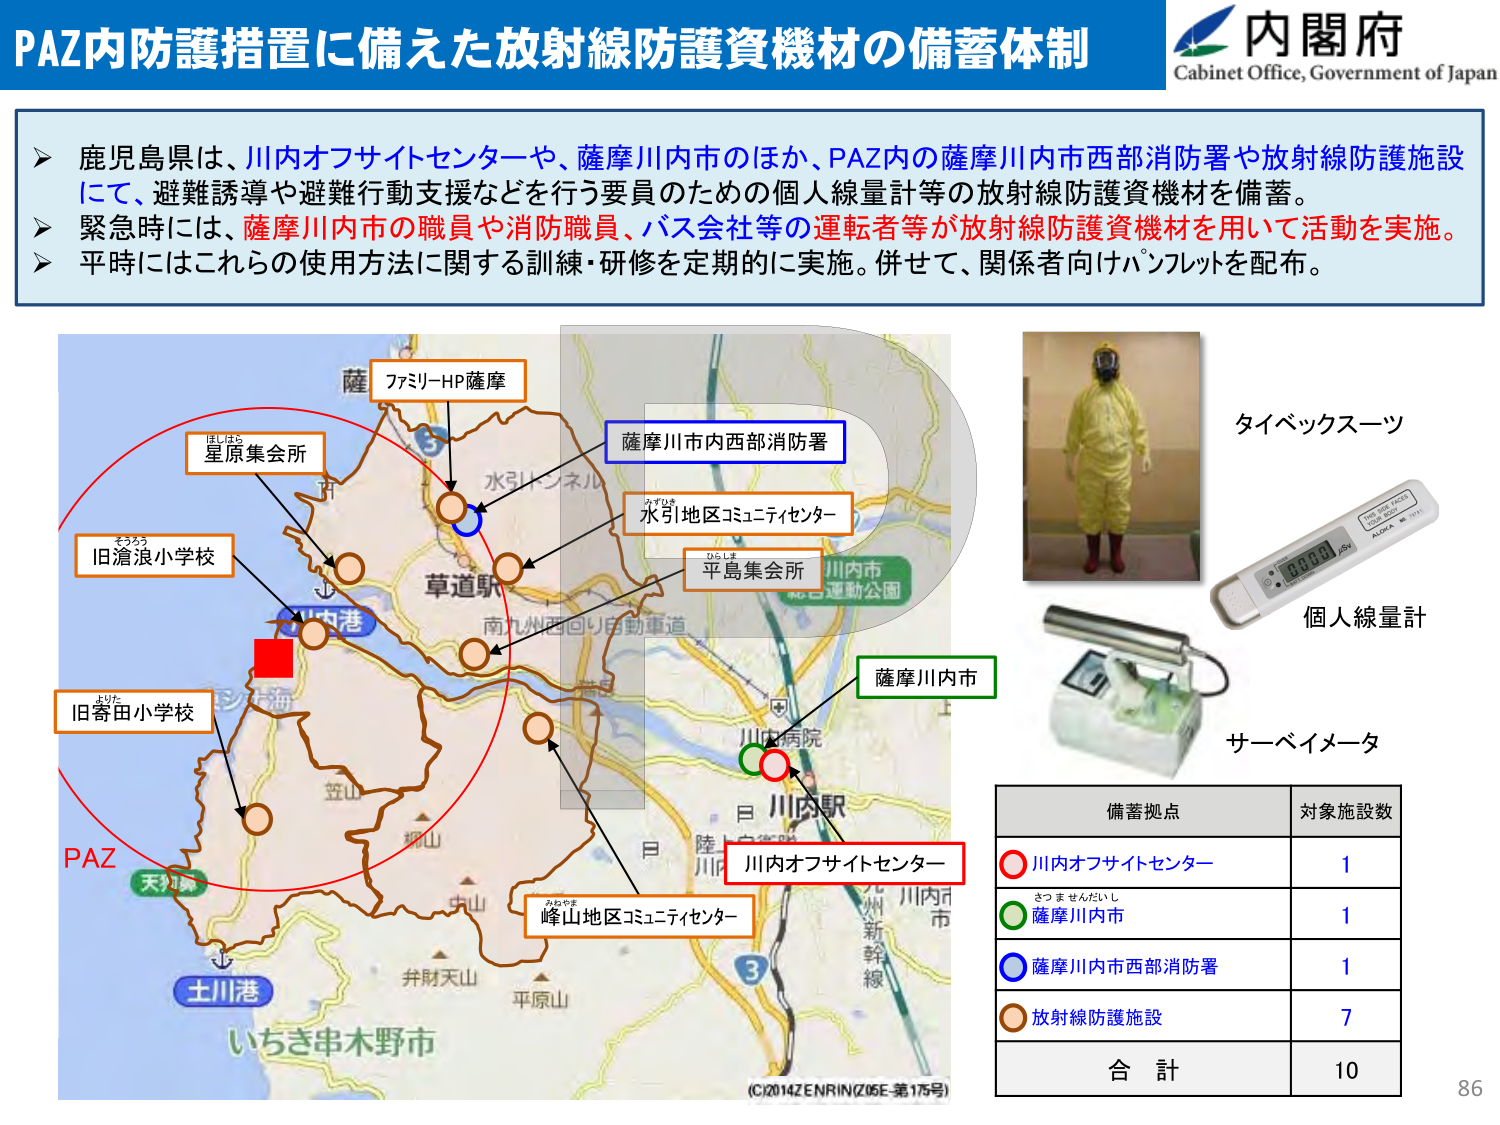
PAZ内防護措置に備えた放射線防護資機材の備蓄体制
内閣府
Cabinet Office, Government of Japan

鹿児島県は、川内オフサイトセンターや、薩摩川内市のほか、PAZ内の薩摩川内市西部消防署や放射線防護施設にて、避難誘導や避難行動支援などを行う要員のための個人線量計等の放射線防護資機材を備蓄。
緊急時には、薩摩川内市の職員や消防職員、バス会社等の運転者等が放射線防護資機材を用いて活動を実施。
平時にはこれらの使用方法に関する訓練・研修を定期的に実施。併せて、関係者向けパンフレットを配布。

ファミリーハウス薩摩
星原集会所
旧滄浪小学校
旧寄田小学校
PAZ
薩摩川内市西部消防署
水引地区コミュニティセンター
平島集会所
薩摩川内市
川内病院
川内駅
川内オフサイトセンター
峰山地区コミュニティセンター
水引トンネル
南九州西回り自動車道
天草
土川港
いちき串木野市
笠山
柳山
弁財天山
平原山
3
陸上自衛隊
川内市
九州新幹線
(C)2014 ZENRIN/Z05E-第175号

タイベックススーツ
個人線量計
サーベイメータ

備蓄拠点 対象施設数
川内オフサイトセンター 1
薩摩川内市 1
薩摩川内市西部消防署 1
放射線防護施設 7
合計 10

86